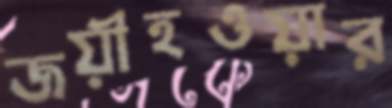
জয়ীহওয়ার